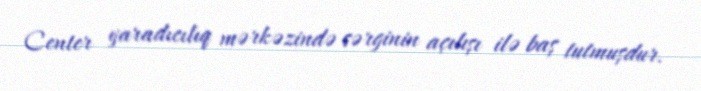
Center yaradıcılıq mərkəzində sərginin açılışı ilə baş tutmuşdur.